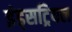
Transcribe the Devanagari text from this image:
इंड्सट्रियल